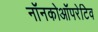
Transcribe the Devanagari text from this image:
नॉनकोऑपरेटिव